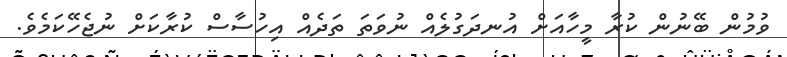
ވުމުން ބޭނުން ކުރާ މީހާއަށް އުނދަގުލެއް ނުވަތަ ތަދެއް އިހުސާސް ކުރާކަށް ނުޖެހޭކަމެވެ.